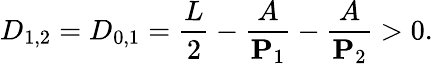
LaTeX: D_{1,2}=D_{0,1}=\frac{L}{2}-\frac{A}{\mathbf{P}_{1}}-\frac{A}{\mathbf{P}_{2}}>0.